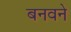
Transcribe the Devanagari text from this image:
बनवने